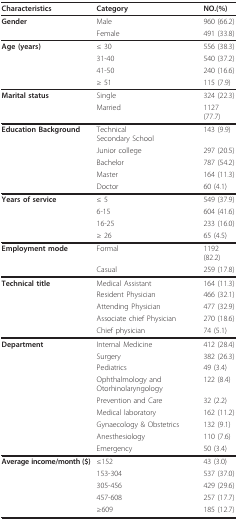
<table><thead><tr><td><b>Characteristics</b></td><td><b>Category</b></td><td><b>NO.(%)</b></td></tr></thead><tbody><tr><td><b>Gender</b></td><td>Male</td><td>960 (66.2)</td></tr><tr><td></td><td>Female</td><td>491 (33.8)</td></tr><tr><td><b>Age (years)</b></td><td>≤ 30</td><td>556 (38.3)</td></tr><tr><td></td><td>31-40</td><td>540 (37.2)</td></tr><tr><td></td><td>41-50</td><td>240 (16.6)</td></tr><tr><td></td><td>≥ 51</td><td>115 (7.9)</td></tr><tr><td><b>Marital status</b></td><td>Single</td><td>324 (22.3)</td></tr><tr><td></td><td>Married</td><td>1127 (77.7)</td></tr><tr><td><b>Education Background</b></td><td>Technical Secondary School</td><td>143 (9.9)</td></tr><tr><td></td><td>Junior college</td><td>297 (20.5)</td></tr><tr><td></td><td>Bachelor</td><td>787 (54.2)</td></tr><tr><td></td><td>Master</td><td>164 (11.3)</td></tr><tr><td></td><td>Doctor</td><td>60 (4.1)</td></tr><tr><td><b>Years of service</b></td><td>≤ 5</td><td>549 (37.9)</td></tr><tr><td></td><td>6-15</td><td>604 (41.6)</td></tr><tr><td></td><td>16-25</td><td>233 (16.0)</td></tr><tr><td></td><td>≥ 26</td><td>65 (4.5)</td></tr><tr><td><b>Employment mode</b></td><td>Formal</td><td>1192 (82.2)</td></tr><tr><td></td><td>Casual</td><td>259 (17.8)</td></tr><tr><td><b>Technical title</b></td><td>Medical Assistant</td><td>164 (11.3)</td></tr><tr><td></td><td>Resident Physician</td><td>466 (32.1)</td></tr><tr><td></td><td>Attending Physician</td><td>477 (32.9)</td></tr><tr><td></td><td>Associate chief Physician</td><td>270 (18.6)</td></tr><tr><td></td><td>Chief physician</td><td>74 (5.1)</td></tr><tr><td><b>Department</b></td><td>Internal Medicine</td><td>412 (28.4)</td></tr><tr><td></td><td>Surgery</td><td>382 (26.3)</td></tr><tr><td></td><td>Pediatrics</td><td>49 (3.4)</td></tr><tr><td></td><td>Ophthalmology and Otorhinolaryngology</td><td>122 (8.4)</td></tr><tr><td></td><td>Prevention and Care</td><td>32 (2.2)</td></tr><tr><td></td><td>Medical laboratory</td><td>162 (11.2)</td></tr><tr><td></td><td>Gynaecology &amp; Obstetrics</td><td>132 (9.1)</td></tr><tr><td></td><td>Anesthesiology</td><td>110 (7.6)</td></tr><tr><td></td><td>Emergency</td><td>50 (3.4)</td></tr><tr><td><b>Average income/month ($)</b></td><td>≤152</td><td>43 (3.0)</td></tr><tr><td></td><td>153-304</td><td>537 (37.0)</td></tr><tr><td></td><td>305-456</td><td>429 (29.6)</td></tr><tr><td></td><td>457-608</td><td>257 (17.7)</td></tr><tr><td></td><td>≥609</td><td>185 (12.7)</td></tr></tbody></table>